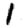
Digit: 1